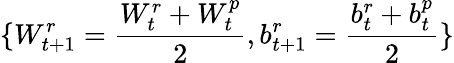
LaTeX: \{ W_{t+1}^{r}=\frac{W_{t}^{r}+W_{t}^{p}}{2},b_{t+1}^{r}=\frac{b_{t}^{r}+b_{t}^{p}}{2}\}